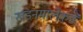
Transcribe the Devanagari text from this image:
खंडनमालेकडे